[Report on the health of British troops in the Madras command]
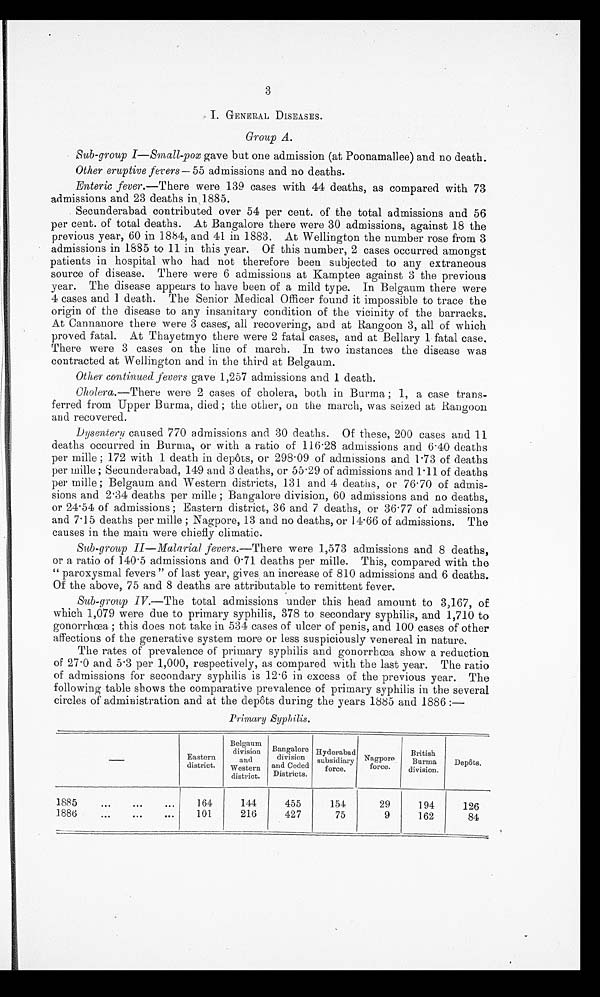
3
I. GENERAL DISEASES.
Group A.
Sub-group I—Small-pox gave but one admission (at Poonamallee) and no death.
Other eruptive fevers —55 admissions and no deaths.
Enteric fever.—There were 139 cases with 44 deaths, as compared with 73
admissions and 23 deaths in 1885.
Secunderabad contributed over 54 per cent. of the total admissions and 56
per cent. of total deaths. At Bangalore there were 30 admissions, against 18 the
previous year, 60 in 1884, and 41 in 1883. At Wellington the number rose from 3
admissions in 1885 to 11 in this year. Of this number, 2 cases occurred amongst
patients in hospital who had not therefore been subjected to any extraneous
source of disease. There were 6 admissions at Kamptee against 3 the previous
year. The disease appears to have been of a mild type. In Belgaum there were
4 cases and 1 death. The Senior Medical Officer found it impossible to trace the
origin of the disease to any insanitary condition of the vicinity of the barracks.
At Cannanore there were 3 cases, all recovering, and at Rangoon 3, all of which
proved fatal. At Thayetmyo there were 2 fatal cases, and at Bellary 1 fatal case.
There were 3 cases on the line of march. In two instances the disease was
contracted at Wellington and in the third at Belgaum.
Other continued fevers gave 1,257 admissions and 1 death.
Cholera.—There were 2 cases of cholera, both in Burma; 1, a case trans
-ferred from Upper Burma, died; the other, on the march, was seized at Rangoon
and recovered.
Dysentery caused 770 admissions and 30 deaths. Of these, 200 cases and 11
deaths occurred in Burma, or with a ratio of 116.28 admissions and 6.40 deaths
per mile; 172 with 1 death in depôts, or 298 . 09 of admissions and 1.73 of deaths
per mile; Secunderabad, 149 and 3 deaths, or 55 . 29 of admissions and 1 . 11 of deaths
per mile; Belgaum and Western districts, 131 and 4 deaths, or 76 . 70 of admis
-sions and 2.34 deaths per mile; Bangalore division, 60 admissions and no deaths,
or 24 . 54 of admissions; Eastern district, 36 and 7 deaths, or 36 . 77 of admissions
and 7 . 15 deaths per mille; Nagpore, 13 and no deaths, or 14 . 66 of admissions. The
causes in the main were chiefly climatic.
Sub-group II—Malarial fevers.– There were 1,573 admissions and 8 deaths,
or a ratio of 140 . 5 admissions and 0 . 71 deaths per mille. This, compared with the
“paroxysmal fevers” of last year, gives . an increase of 810 admissions and 6 deaths.
Of the above, 75 and 8 deaths are attributable to remittent fever.
Sub-group IV.—The total admissions under this head amount to 3,167, of
which 1,079 were due to primary syphilis, 378 to secondary syphilis, and 1,710 to
gonorrhœa ; this does not take in 534 cases of ulcer of penis, and 100 cases of other
affections of the generative system more or less suspiciously venereal in nature.
The rates of prevalence of primary syphilis and gonorrhœa show a reduction
of 27 . 0 and 5 . 3 per 1,000, respectively, as compared with the last year. The ratio
of admissions for secondary syphilis is 12 . 6 in excess of the previous year. The
following table shows the comparative prevalence of primary syphilis in the several
circles of administration and at the depôts during the years 1885 and 1886:—
Primary Syphilis.
Eastern
district.
Belgaum
division
and
Western
district.
Bangalore
division
and Ceded
Districts.
Hyderabad
subsidiary
force.
Nagpore
force.
British
Burma
division.
Depôts,
1885 . . .
164
144
455
154
29
194
126
1886 . . .
101
216
427
75
9
162
84